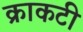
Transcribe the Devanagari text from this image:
क्राकटी